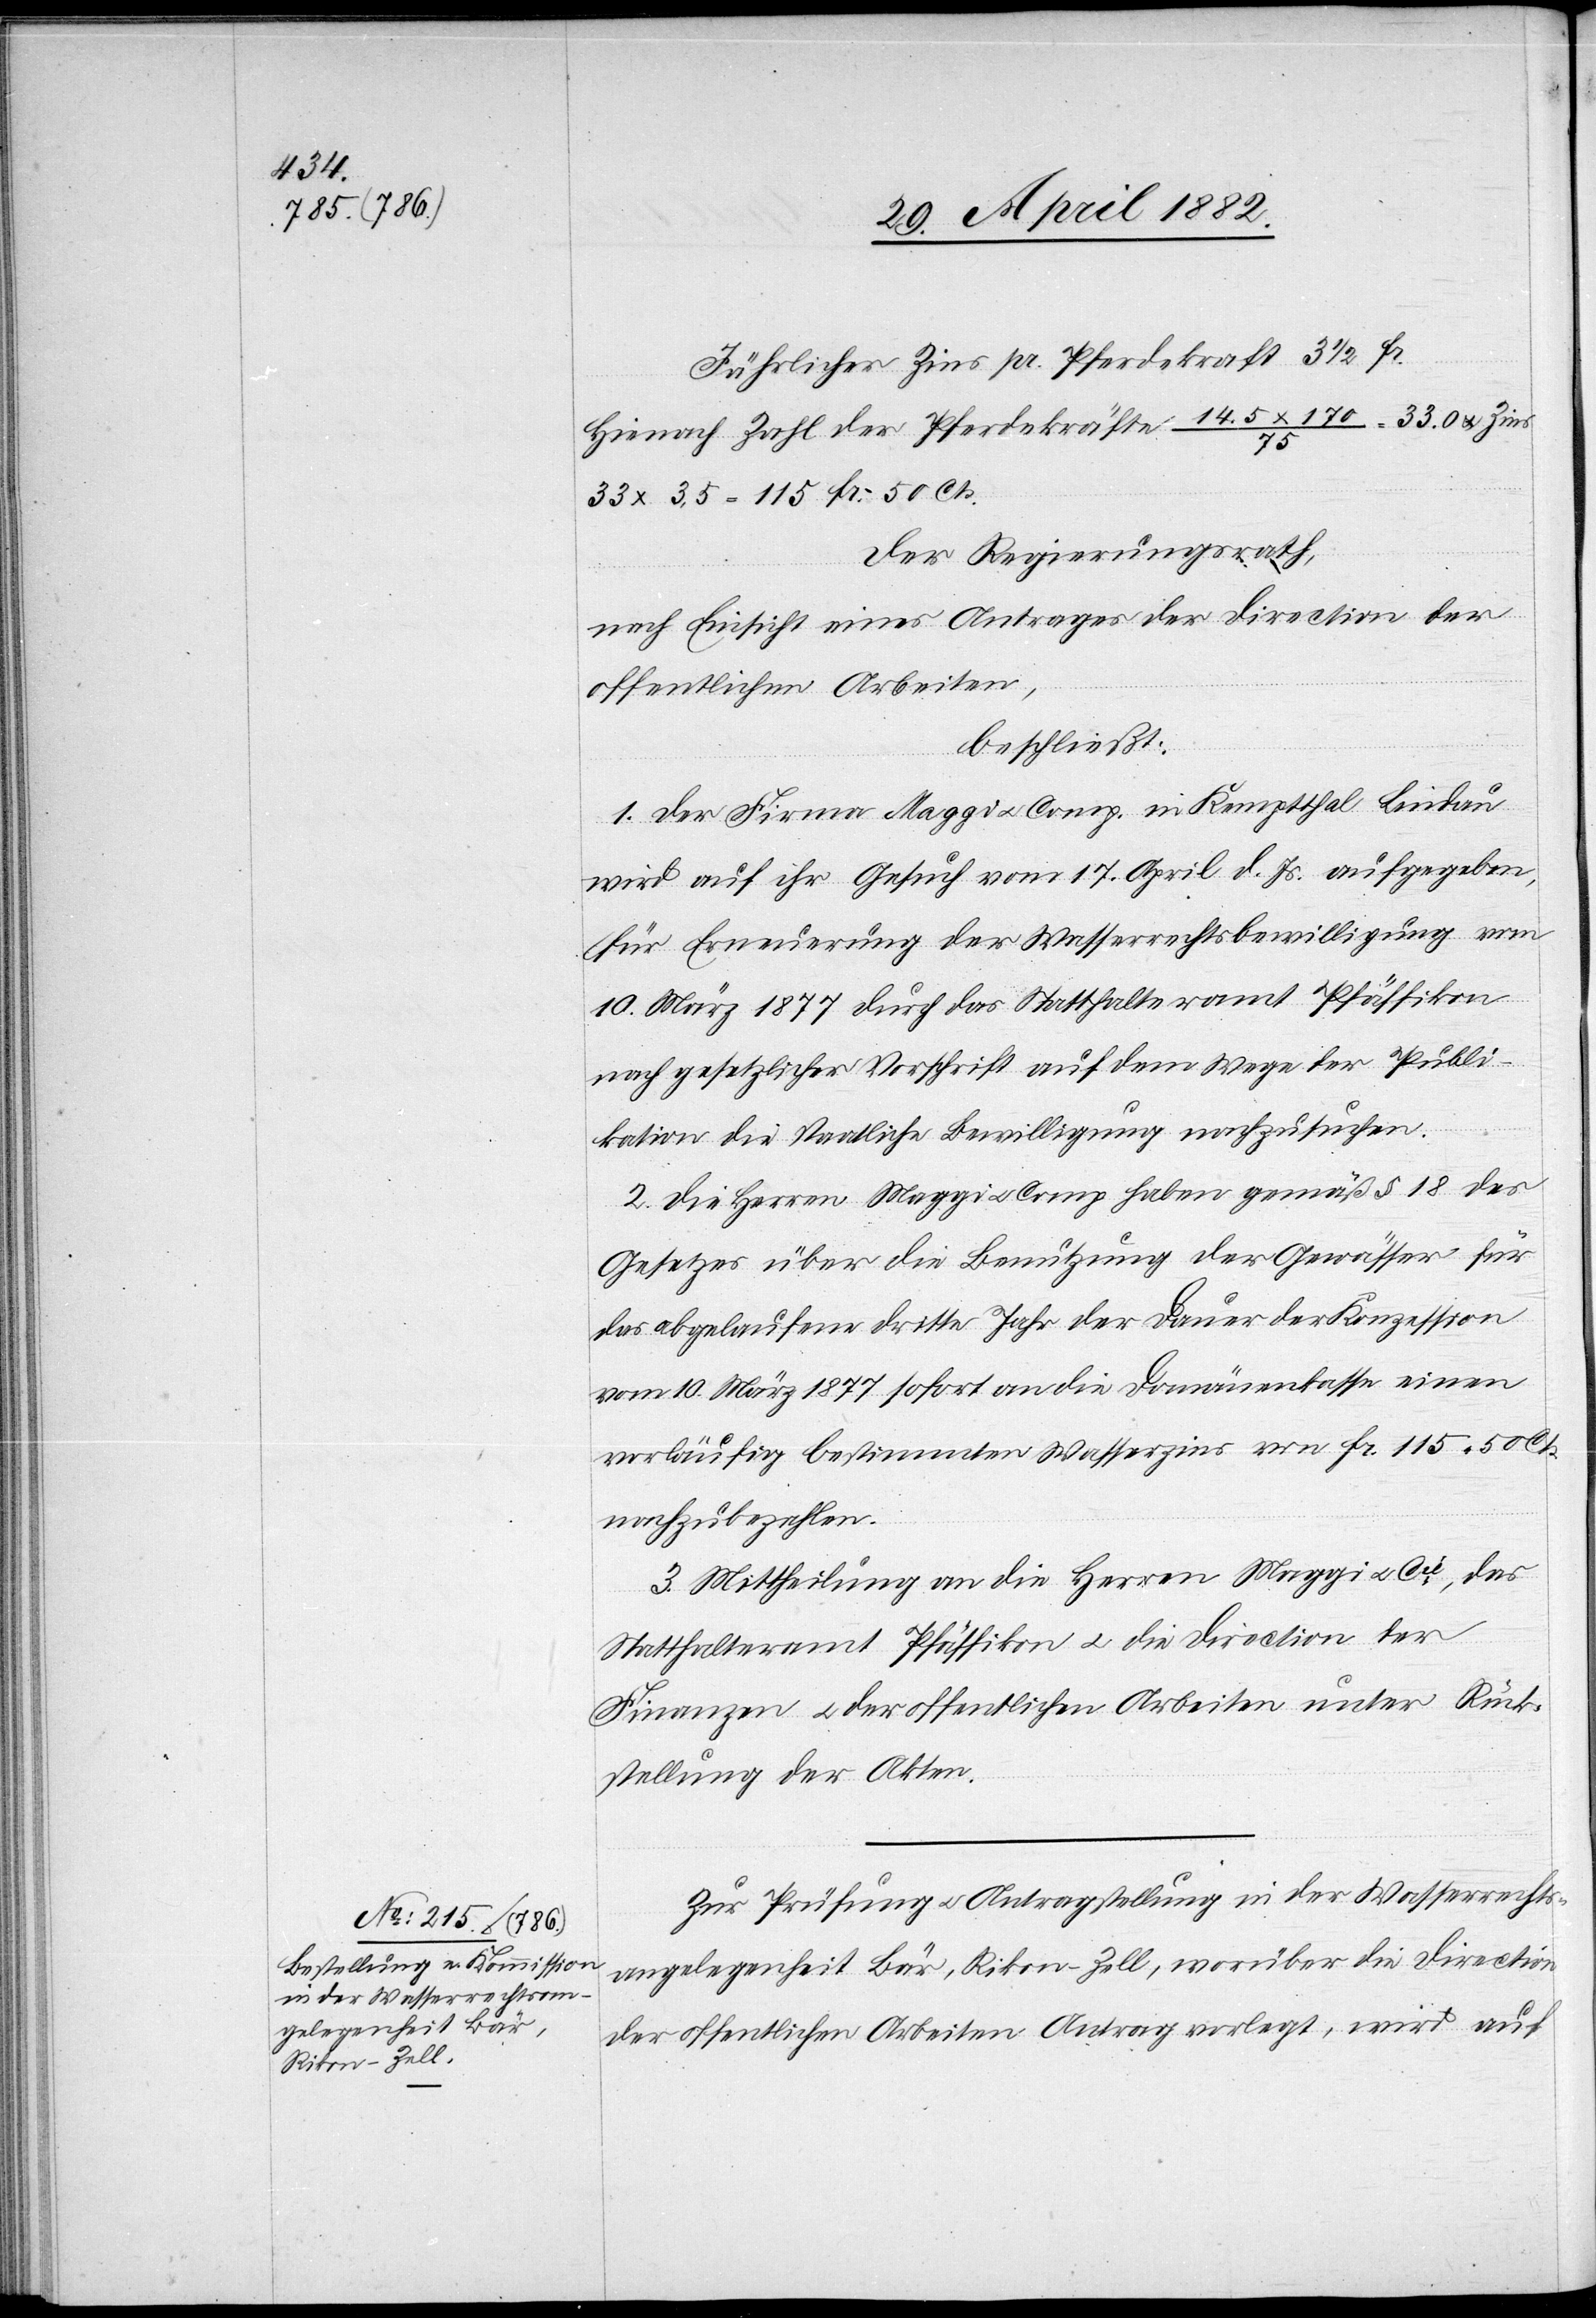
Jährlicher Zins pr. Pferdekraft 3 1/2 Fr.
Hienach Zahl der Pferdekräfte 14.5 x 170/75 = 33.0 u. Zins
33 x 3,5 = 115 Fr. 50 Cts.
Der Regierungsrath,
nach Einsicht eines Antrages der Direction der
öffentlichen Arbeiten,
beschließt:
1. Der Firma Maggi u. Comp. in Kemptthal [-] Lindau
wird auf ihr Gesuch vom 17. April d. Js. aufgegeben,
für Erneuerung der Wasserrechtsbewilligung vom
10. März 1877 durch das Statthalteramt Pfäffikon
nach gesetzlicher Vorschrift auf dem Wege der Publi¬
kation die staatliche Bewilligung nachzusuchen.
2. Die Herren Maggi u. Comp. haben gemäß § 18 des
Gesetzes über die Benutzung der Gewässer für
das abgelaufene dritte Jahr der Dauer der Konzession
vom 10. März 1877 sofort an die Domänenkasse einen
vorläufig bestimmten Wasserzins von Fr. 115 50 Cts.
nachzubezahlen.
3. Mittheilung an die Herren Maggi u. Cie, das
Statthalteramt Pfäffikon u. die Direction[en] der
Finanzen u. der öffentlichen Arbeiten unter Rück¬
stellung der Akten.
Zur Prüfung u. Antragstellung in der Wasserrechts¬
angelegenheit Bär, Rikon - Zell, worüber die Direction
der öffentlichen Arbeiten Antrag verlangt, wird auf